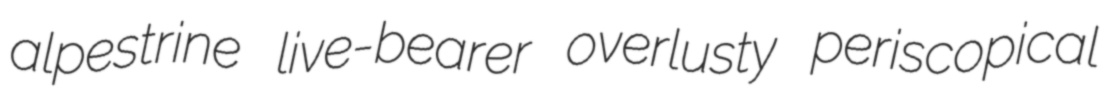
alpestrine live-bearer overlusty periscopical